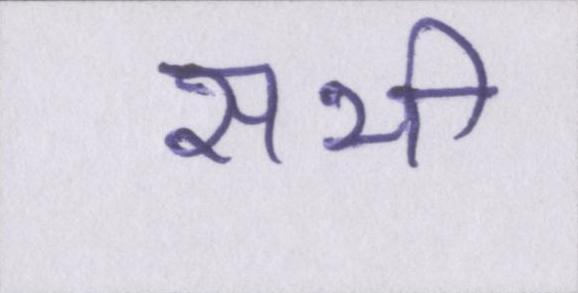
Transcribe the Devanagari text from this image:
सभी